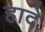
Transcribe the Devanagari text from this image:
हादे